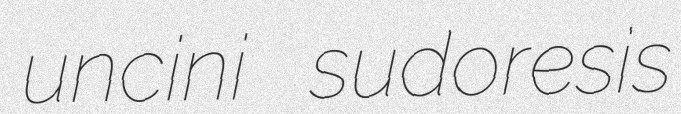
uncini sudoresis